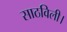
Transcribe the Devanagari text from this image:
साठविली।